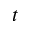
t